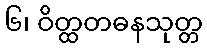
၆၊ ဝိတ္ထတဓနသုတ္တ